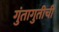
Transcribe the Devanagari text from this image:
गुंतागुतीची